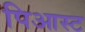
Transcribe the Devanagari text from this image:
पिआस्ट